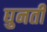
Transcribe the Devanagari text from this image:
घुनती